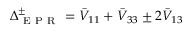
\Delta _ { \mathrm { ~ E ~ P ~ R ~ } } ^ { \pm } = \bar { V } _ { 1 1 } + \bar { V } _ { 3 3 } \pm 2 \bar { V } _ { 1 3 }